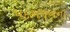
પદભજનના